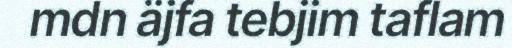
mdn äjfa tebjim taflam